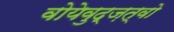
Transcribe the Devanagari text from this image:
वोयेवुद्ज़त्वो